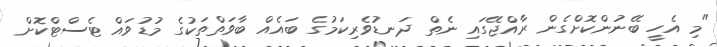
"މި އެހީ ބޭނުންކޮށްގެން ރާއްޖޭގައި ނެތް ދަނޑުވެރިކަމުގެ ބައެއް ބާވަތްތަކުގެ މުޑުވައް ޓެސްޓްކޮށް